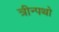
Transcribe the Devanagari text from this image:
त्रीन्पथो